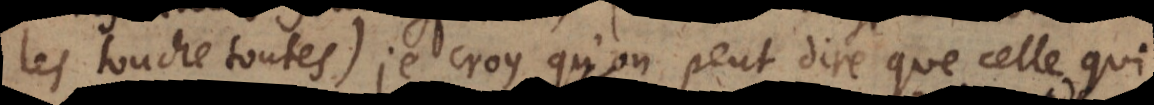
les touche toutes). Je croy qu’on peut dire que celle qui